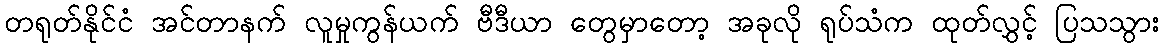
တရုတ်နိုင်ငံ အင်တာနက် လူမှုကွန်ယက် ဗီဒီယာ တွေမှာတော့ အခုလို ရုပ်သံက ထုတ်လွှင့် ပြသသွား